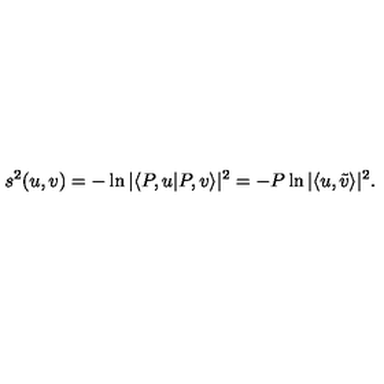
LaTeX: s ^ { 2 } ( u , v ) = - \ln | \langle P , u | P , v \rangle | ^ { 2 } = - P \ln | \langle u , \tilde { v } \rangle | ^ { 2 } .